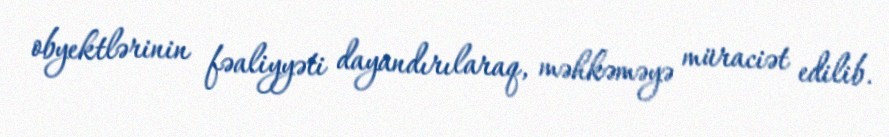
obyektlərinin fəaliyyəti dayandırılaraq, məhkəməyə müraciət edilib.